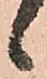
候